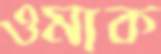
ওমাক